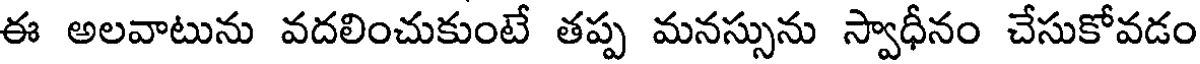
ఈ అలవాటును వదలించుకుంటే తప్ప మనస్సును స్వాధీనం చేసుకోవడం